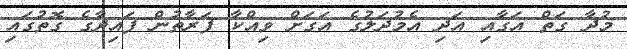
މުދާ ގަތް އަގާއި އަދި އެމުދަލުގެ އަގަށް ވިއްކާ ފަރާތުން ފައިދާގެ ގޮތުގައި